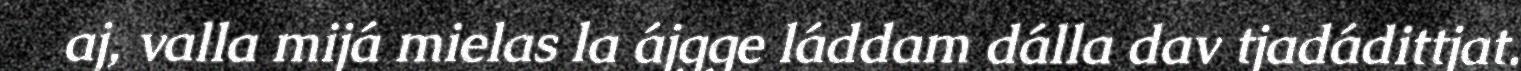
aj, valla mijá mielas la ájgge láddam dálla dav tjadádittjat.